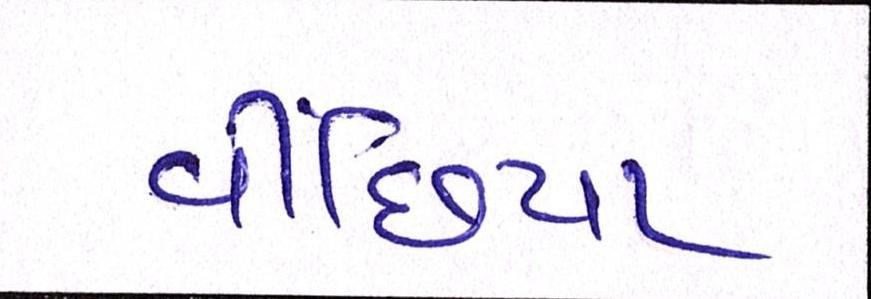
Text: વીંછિયા